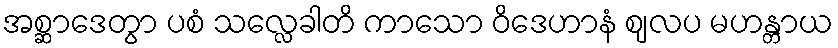
အစ္ဆာဒေတွာ ပစံ သလ္လေခါတိ ကာသော ဝိဒေဟာနံ ဈလပ မဟန္တာယ